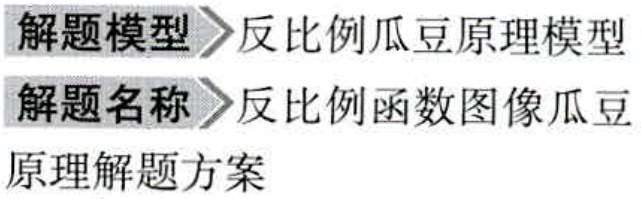
解题模型 \(\rightharpoonup\) 反比例瓜豆原理模型
解题名称 \(\rightharpoonup\) 反比例函数图像瓜豆原理解题方案